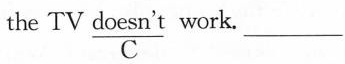
the TV \underset{C}{\underline{doesn^{\prime}t}} work. ___